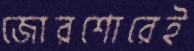
জোরশোরেই